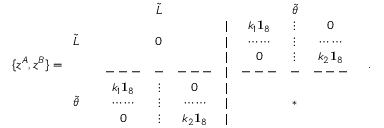
\{ z ^ { A } , z ^ { B } \} = \begin{array} { c c c c c c c c c c } { { } } & { { } } & { { } } & { { \tilde { L } } } & { { } } & { { } } & { { } } & { { \tilde { \theta } } } \\ { { } } & { { \vline } } & { { } } & { { } } & { { } } & { { | } } & { { k _ { 1 } { \bf 1 } _ { 8 } } } & { { \vdots } } & { { 0 } } & { { \vline } } \\ { { \tilde { L } } } & { { \vline } } & { { } } & { { 0 } } & { { } } & { { | } } & { { \cdots \cdots } } & { { \vdots } } & { { \cdots \cdots } } & { { \vline } } \\ { { } } & { { \vline } } & { { } } & { { } } & { { } } & { { | } } & { { 0 } } & { { \vdots } } & { { k _ { 2 } { \bf 1 } _ { 8 } } } & { { \vline } } \\ { { } } & { { \vline } } & { { - - - } } & { { - } } & { { - - - } } & { { | } } & { { - - - } } & { { - } } & { { - - - } } & { { \vline } } \\ { { } } & { { \vline } } & { { k _ { 1 } { \bf 1 } _ { 8 } } } & { { \vdots } } & { { 0 } } & { { | } } & { { } } & { { } } & { { } } & { { \vline } } \\ { { \tilde { \theta } } } & { { \vline } } & { { \cdots \cdots } } & { { \vdots } } & { { \cdots \cdots } } & { { | } } & { { } } & { { * } } & { { } } & { { \vline } } \\ { { } } & { { \vline } } & { { 0 } } & { { \vdots } } & { { k _ { 2 } { \bf 1 } _ { 8 } } } & { { | } } & { { } } & { { } } & { { } } & { { \vline } } \end{array} .